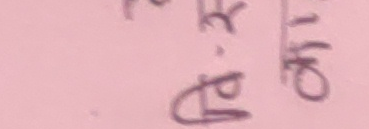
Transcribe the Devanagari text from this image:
घ२प. १०